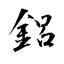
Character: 鋁